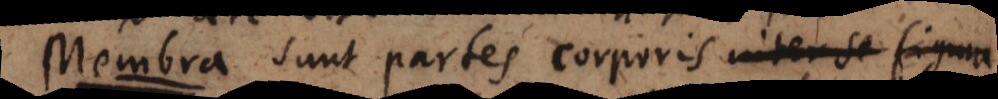
M sunt partes corporis inter se figura